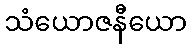
သံယောဇနီယော